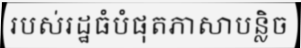
របស់រដ្ឋធំបំផុតភាសាបន្លិច